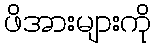
ဖိအားများကို